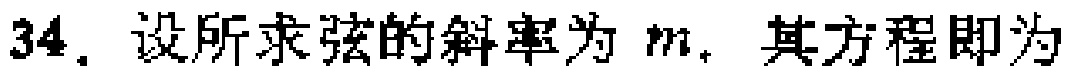
34. 设所求弦的斜率为 \(m\). 其方程即为